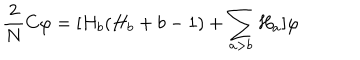
\frac { 2 } { N } C \varphi = [ H _ { b } ( H _ { b } + b - 1 ) + \sum _ { a > b } H _ { a } ] \varphi